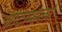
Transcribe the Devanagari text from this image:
शीटाव्हर्ला